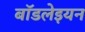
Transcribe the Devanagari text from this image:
बॉडलेइयन